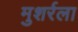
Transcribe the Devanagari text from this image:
मुशर्रला